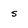
Character: s